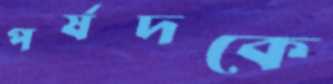
পর্ষদকে